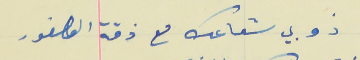
ذوبي شعاعك مع ذقة العصفور